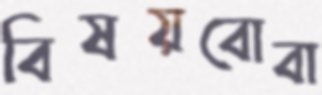
বিষয়বোবা